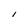
Character: l